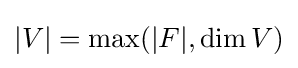
|V|=\max(|F|,\dim V)